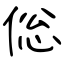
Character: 倊